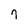
Character: 7